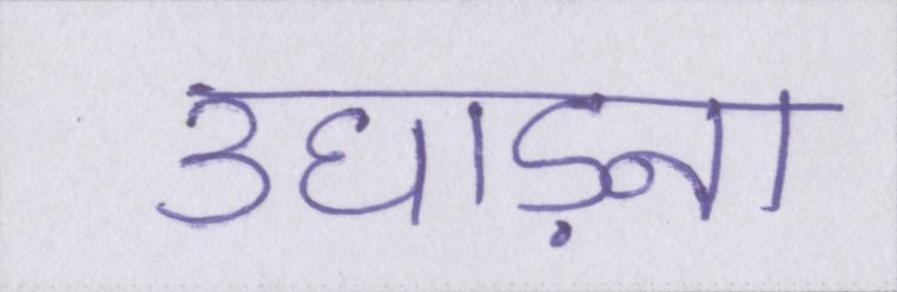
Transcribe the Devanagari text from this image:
उघाड़ना